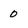
Character: 0